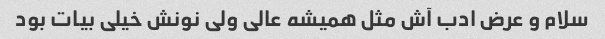
سلام و عرض ادب آش مثل همیشه عالی ولی نونش خیلی بیات بود